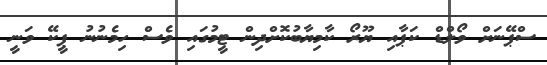
ސްޕޭނަށް ވޯލްޑް ކަޕާއި ޔޫރޯ ކާމިޔާބުކޮށްދިން ޓީމުގައި ވެސް ހިމެނުނު ޕީކޭ ވަނީ